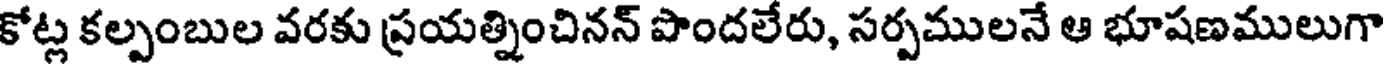
కోట్ల కల్పంబుల వరకు ప్రయత్నించినన్ పొందలేరు, సర్పములనే ఆ భూషణములుగా